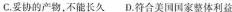
C.要协的产物，不能长久 D.符合美国国家整体利益